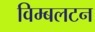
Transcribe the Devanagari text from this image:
विम्‍बलटन